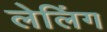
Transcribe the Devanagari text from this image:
लेलिंग